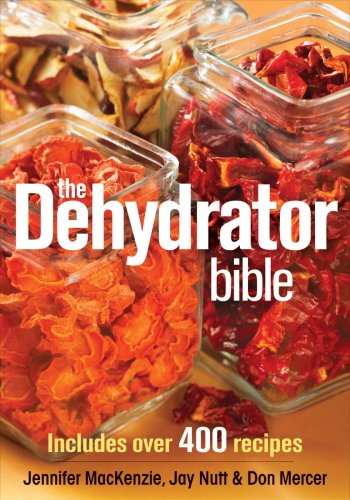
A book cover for The Dehydrator Bible: Includes over 400 Recipes; Jennifer MacKenzie; Cookbooks, Food & Wine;